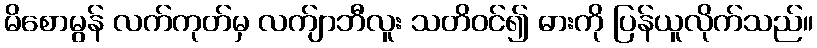
မိစောမွန် လက်ကုတ်မှ လက်ျာဘီလူး သတိဝင်၍ ဓားကို ပြန်ယူလိုက်သည်။